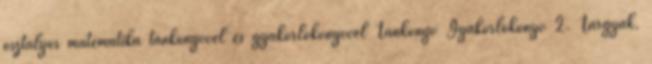
osztályos matematika tankönyvvel és gyakorlókönyvvel Tankönyv Gyakorlókönyv 2. Tárgyak,